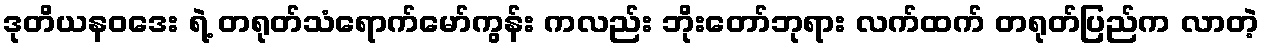
ဒုတိယနဝဒေး ရဲ့ တရုတ်သံရောက်မော်ကွန်း ကလည်း ဘိုးတော်ဘုရား လက်ထက် တရုတ်ပြည်က လာတဲ့